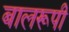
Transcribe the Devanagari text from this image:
बालरूपी